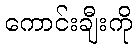
ကောင်းချီးကို